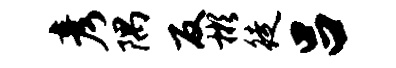
彦隅反彬徒吕